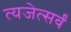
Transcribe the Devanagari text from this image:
त्यजेत्सर्वं